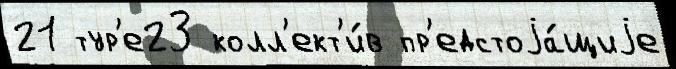
21 тур'е23 колл'ект'и́в пр'едстоjа́щиjе